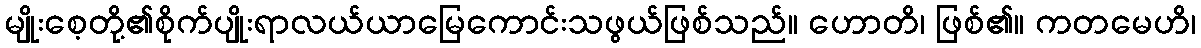
မျိုးစေ့တို့၏စိုက်ပျိုးရာလယ်ယာမြေကောင်းသဖွယ်ဖြစ်သည်။ ဟောတိ၊ ဖြစ်၏။ ကတမေဟိ၊